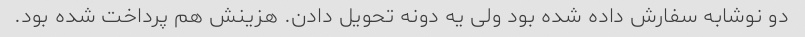
دو نوشابه سفارش داده شده بود ولی یه دونه تحویل دادن. هزینش هم پرداخت شده بود.